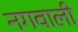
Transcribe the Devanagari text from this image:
नगवाली